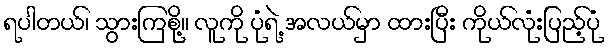
ရပါတယ်၊ သွားကြစို့။ လူကို ပုံရဲ့ အလယ်မှာ ထားပြီး ကိုယ်လုံးပြည့်ပုံ